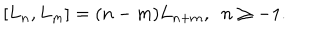
[ L _ { n } , L _ { m } ] = ( n - m ) L _ { n + m } , \, \, \, n \geq - 1 .